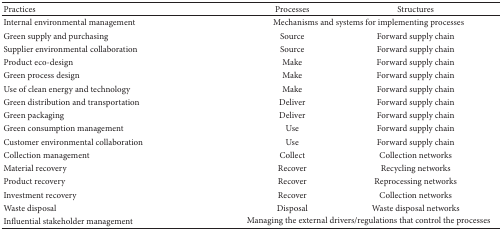
| Practices | Processes | Structures |
 | --- | --- | --- |
 | Internal environmental management | <COLSPAN=2> Mechanisms and systems for implementing processes |
 | Green supply and purchasing | Source | Forward supply chain |
 | Supplier environmental collaboration | Source | Forward supply chain |
 | Product eco-design | Make | Forward supply chain |
 | Green process design | Make | Forward supply chain |
 | Use of clean energy and technology | Make | Forward supply chain |
 | Green distribution and transportation | Deliver | Forward supply chain |
 | Green packaging | Deliver | Forward supply chain |
 | Green consumption management | Use | Forward supply chain |
 | Customer environmental collaboration | Use | Forward supply chain |
 | Collection management | Collect | Collection networks |
 | Material recovery | Recover | Recycling networks |
 | Product recovery | Recover | Reprocessing networks |
 | Investment recovery | Recover | Collection networks |
 | Waste disposal | Disposal | Waste disposal networks |
 | Influential stakeholder management | <COLSPAN=2> Managing the external drivers/regulations that control the processes |